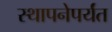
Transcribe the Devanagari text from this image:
स्थापनेपर्यंत